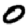
Digit: 0